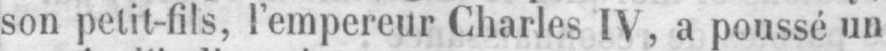
son petit-fils, l’empereur Charles IV, a poussé un